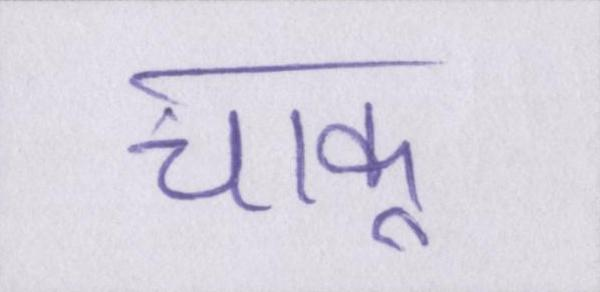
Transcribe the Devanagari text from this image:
चाकू